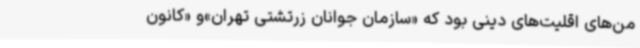
من‌های اقلیت‌های دینی بود که «سازمان جوانان زرتشتی تهران»و «کانون